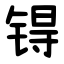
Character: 锝